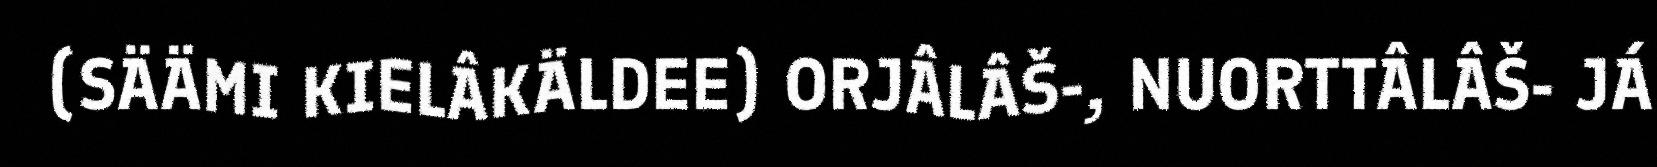
(SÄÄMI KIELÂKÄLDEE) ORJÂLÂŠ-, NUORTTÂLÂŠ- JÁ